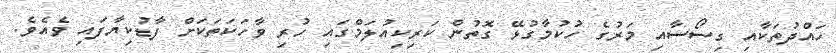
ހައްދުތަކާއި ގިސޯސާއި މަރުގެ ހުކުމާގުޅޭ ގޮތުން ކަރިކިއުލަމްގައި ހުރި ވާހަކަތަކަށް ފާޑުކިޔާފައި ވެއެވެ.